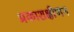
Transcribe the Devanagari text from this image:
प्रकाशक्षीणन